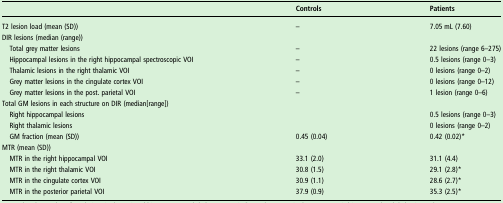
|  | Controls | Patients |
 | --- | --- | --- |
 | T2 lesion load (mean (SD)) | – | 7.05 mL (7.60) |
 | <COLSPAN=3> DIR lesions (median (range)) |
 | Total grey matter lesions | – | 22 lesions (range 6–275) |
 | Hippocampal lesions in the right hippocampal spectroscopic VOI | – | 0.5 lesions (range 0–3) |
 | Thalamic lesions in the right thalamic VOI | – | 0 lesions (range 0–2) |
 | Grey matter lesions in the cingulate cortex VOI | – | 0 lesions (range 0–12) |
 | Grey matter lesions in the post. parietal VOI | – | 1 lesion (range 0–6) |
 | <COLSPAN=3> Total GM lesions in each structure on DIR (median[range]) |
 | Right hippocampal lesions |  | 0.5 lesions (range 0–3) |
 | Right thalamic lesions |  | 0 lesions (range 0–2) |
 | GM fraction (mean (SD)) | 0.45 (0.04) | 0.42 (0.02)* |
 | <COLSPAN=3> MTR (mean (SD)) |
 | MTR in the right hippocampal VOI | 33.1 (2.0) | 31.1 (4.4) |
 | MTR in the right thalamic VOI | 30.8 (1.5) | 29.1 (2.8)* |
 | MTR in the cingulate cortex VOI | 30.9 (1.1) | 28.6 (2.7)* |
 | MTR in the posterior parietal VOI | 37.9 (0.9) | 35.3 (2.5)* |